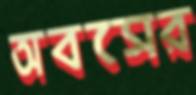
অবসের